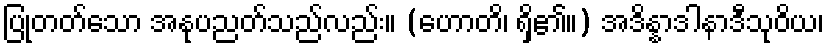
ပြုတတ်သော အနုပညတ်သည်လည်း။ (ဟောတိ၊ ရှိ၏။) အဒိန္နာဒါနာဒီသုဝိယ၊